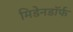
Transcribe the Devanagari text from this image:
मिडेनडॉर्फ